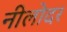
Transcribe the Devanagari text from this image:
नीलोदर